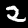
Label: 2